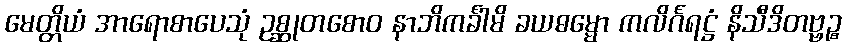
မေတ္တိယံ အာရောစာပေသုံ ဥစ္ဆုတစောဝ နာဘိကင်္ခါမိ ခယဓမ္မော ကလိင်္ဂရဋ္ဌံ နိသီဒိတဗ္ဗဉ္စ